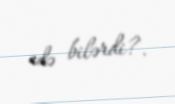
edə bilərdi?.